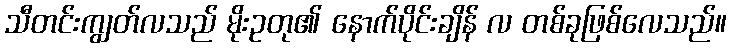
သီတင်းကျွတ်လသည် မိုးဥတု၏ နောက်ပိုင်းချိန် လ တစ်ခုဖြစ်လေသည်။